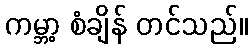
ကမ္ဘာ့ စံချိန် တင်သည်။